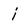
Character: i